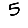
Digit: 5